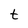
Character: t